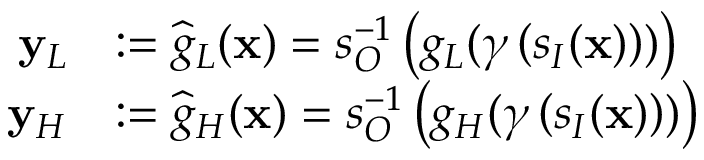
\begin{array} { r l } { \mathbf { y } _ { L } } & { : = \widehat { g } _ { L } ( \mathbf { x } ) = s _ { O } ^ { - 1 } \left( g _ { L } ( \gamma \left( s _ { I } ( \mathbf { x } ) \right) ) \right) } \\ { \mathbf { y } _ { H } } & { : = \widehat { g } _ { H } ( \mathbf { x } ) = s _ { O } ^ { - 1 } \left( g _ { H } ( \gamma \left( s _ { I } ( \mathbf { x } ) \right) ) \right) } \end{array}